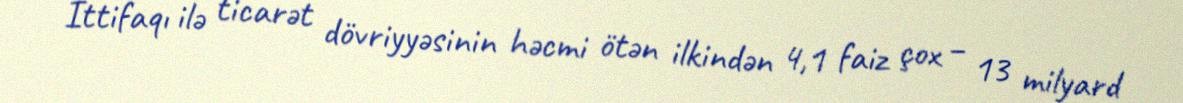
İttifaqı ilə ticarət dövriyyəsinin həcmi ötən ilkindən 4,1 faiz çox – 13 milyard